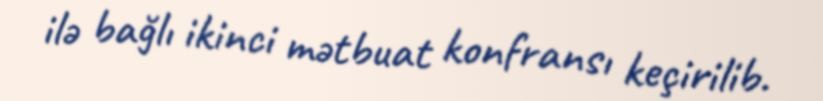
ilə bağlı ikinci mətbuat konfransı keçirilib.